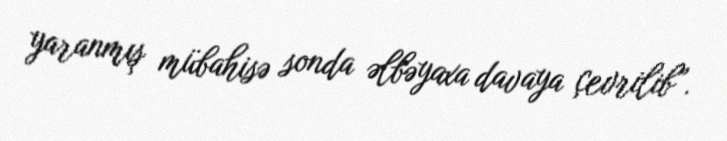
yaranmış mübahisə sonda əlbəyaxa davaya çevrilib”.